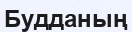
Будданың